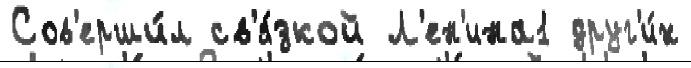
Сов'ерши́л св'я́зкой Л'ен'ина1 друг'и́х